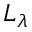
L _ { \lambda }